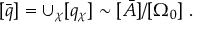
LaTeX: [ \bar { q } ] = \cup _ { \chi } [ q _ { \chi } ] \sim [ \bar { A } ] / [ \Omega _ { 0 } ] \ .